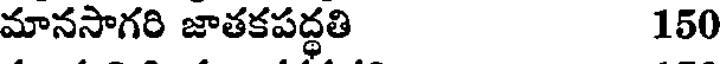
మానసాగరి జాతకపద్ధతి 150